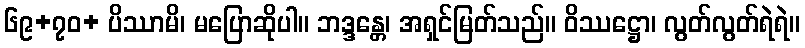
၆၉+၇ဝ+ ပိဿာမိ၊ မပြောဆိုပါ။ ဘဒ္ဒန္တေ၊ အရှင်မြတ်သည်။ ဝိဿဋ္ဌော၊ လွတ်လွတ်ရဲရဲ။